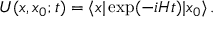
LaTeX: { \cal U } ( x , x _ { 0 } ; t ) = \langle x \vert \exp ( - i H t ) \vert x _ { 0 } \rangle \, .